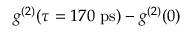
g ^ { ( 2 ) } ( \tau = 1 7 0 ~ \mathrm { p s } ) - g ^ { ( 2 ) } ( 0 )